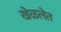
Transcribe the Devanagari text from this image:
खेळलेत